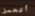
أتحمل